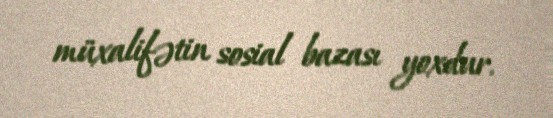
müxalifətin sosial bazası yoxdur.